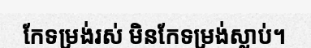
កែទម្រង់រស់ មិនកែទម្រង់ស្លាប់។